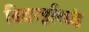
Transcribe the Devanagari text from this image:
स्विर्त्झलंड